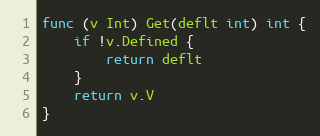
Language: Go
func (v Int) Get(deflt int) int {
	if !v.Defined {
		return deflt
	}
	return v.V
}